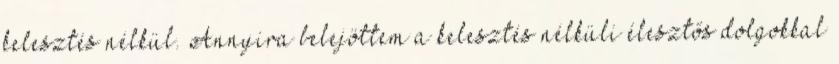
kelesztés nélkül. Annyira belejöttem a kelesztés nélküli élesztős dolgokkal